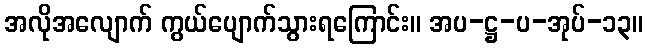
အလိုအလျောက် ကွယ်ပျောက်သွားရကြောင်း။ အပ-ဋ္ဌ-ပ-အုပ်-၁၃။